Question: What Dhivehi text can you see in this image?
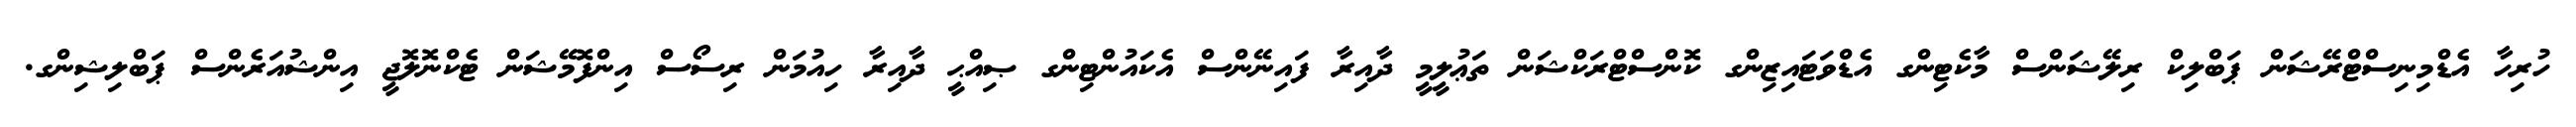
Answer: ހުރިހާ އެޑްމިނިސްޓްރޭޝަން ޕަބްލިކް ރިލޭޝަންސް މާކެޓިންގ އެޑްވަޓައިޒިންގ ކޮންސްޓްރަކްޝަން ތަޢުލީމީ ދާއިރާ ފައިނޭންސް އެކައުންޓިންގ ޞިއްޙީ ދާއިރާ ހިއުމަން ރިސޯސް އިންފޮމޭޝަން ޓެކްނޮލޮޖީ އިންޝުއަރެންސް ޕަބްލިޝިންގ.